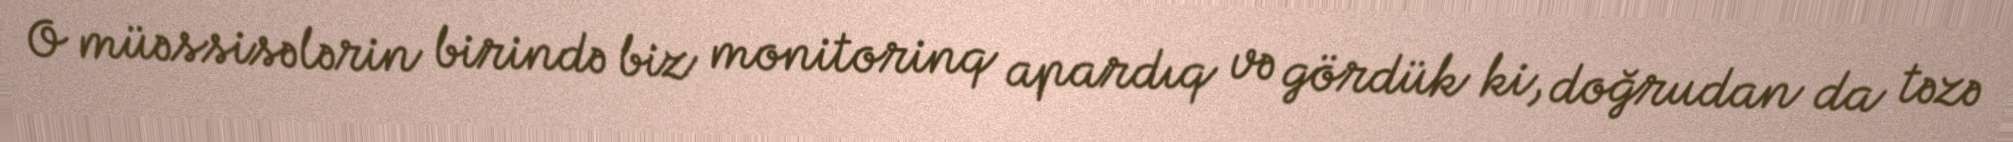
O müəssisələrin birində biz monitorinq apardıq və gördük ki, doğrudan da təzə